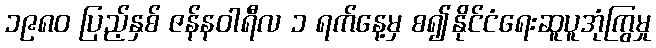
၁၉၈၀ ပြည့်နှစ် ဇန်နဝါရီလ ၁ ရက်နေ့မှ စ၍နိုင်ငံရေးဆူပူအုံကြွမှု